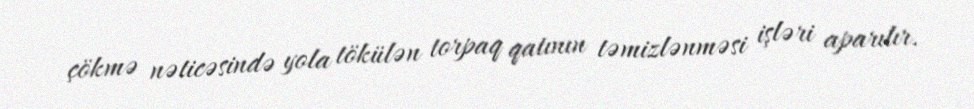
çökmə nəticəsində yola tökülən torpaq qatının təmizlənməsi işləri aparılır.